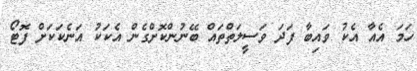
ހަމަ އެއާ އެކު ވައިބާ ފަދަ ވަސީލަތްތައް ބޭނުންކޮށްގެން އެކަކު އަނެކަކަށް ފޮޓޯ